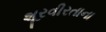
શૂરવીરતાના